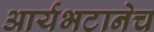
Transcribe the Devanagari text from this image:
आर्यभटानेच